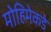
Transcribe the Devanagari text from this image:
मोहिमेकडे